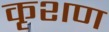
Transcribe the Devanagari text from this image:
कृशण